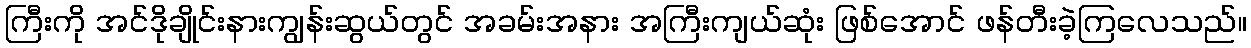
ကြီးကို အင်ဒိုချိုင်းနားကျွန်းဆွယ်တွင် အခမ်းအနား အကြီးကျယ်ဆုံး ဖြစ်အောင် ဖန်တီးခဲ့ကြလေသည်။